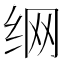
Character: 𮉦